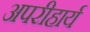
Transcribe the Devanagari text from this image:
अपरीहार्य